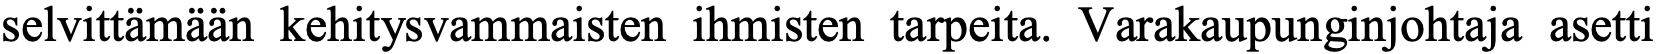
selvittämään kehitysvammaisten ihmisten tarpeita. Varakaupunginjohtaja asetti